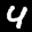
Label: 4